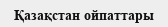
Қазақстан ойпаттары